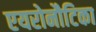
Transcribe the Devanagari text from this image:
एयरोनौटिका